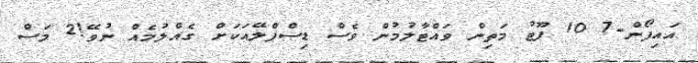
އައިފޯން-7 10 ފޫޓު މަތިން ވައްޓާލުމުން ވެސް ޑިސްޕްލޭއަކަށް ގެއްލުމެއް ނުވޭ!2 މަސް